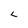
Character: L